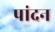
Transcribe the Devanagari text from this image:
पांदन